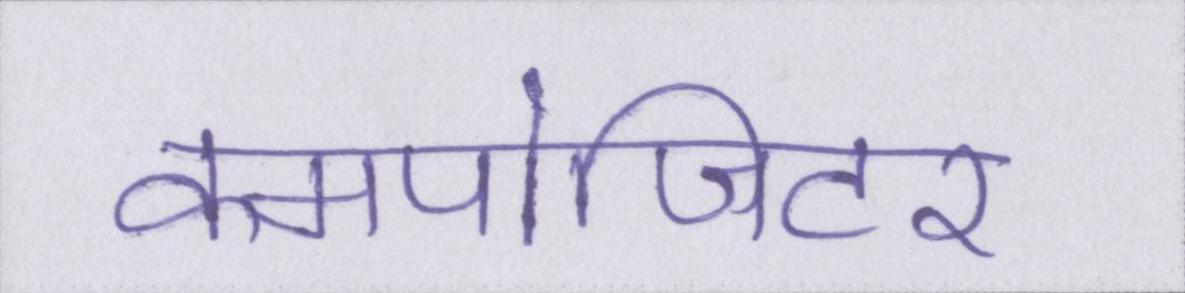
कमपोजिटर